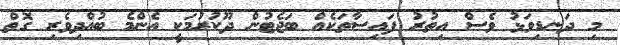
މި ދަނޑިވަޅު ވެސް އިތުރު ފައިސާތަކެއް ބަޖެޓުން ދޫކުރުމަކީ އެންމެ ބުއްދިވެރި ގޮތް